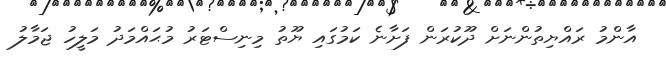
އާންމު ރައްޔިތުންނަށް ދޫކުރަން ފަށާނެ ކަމުގައި ޔޫތު މިނިސްޓަރު މުޙައްމަދު މަލީހު ޖަމާލު